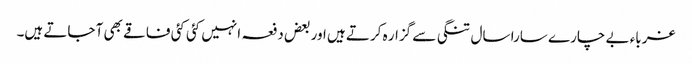
غرباء بے چارے سارا سال تنگی سے گزار ہ کرتے ہیں اور بعض دفعہ انہیں کئی کئی فاقے بھی آ جاتے ہیں۔